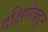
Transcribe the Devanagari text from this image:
दक्षिणेक्डून